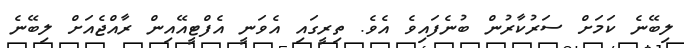
ލިބޭނެ ކަމަށް ސަރުކާރުން ބުނެފައިވެ އެވެ. ތިރީގައި އެވަނީ އެފްޓީއޭއިން ރާއްޖެއަށް ލިބޭނެ